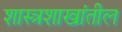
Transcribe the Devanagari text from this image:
शास्त्रशाखांतील